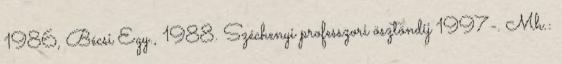
1986, Bécsi Egy., 1988. Széchenyi professzori ösztöndíj 1997-. Mh.: